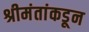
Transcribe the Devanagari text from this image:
श्रीमंतांकडून